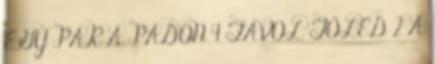
EGY PÁR A PADON 4 TÁVOL TŐLED 2 A